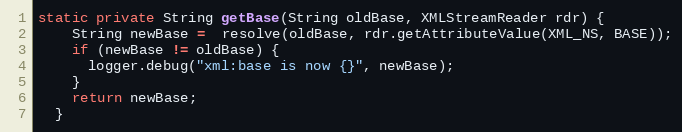
Language: Java
static private String getBase(String oldBase, XMLStreamReader rdr) {
    String newBase =  resolve(oldBase, rdr.getAttributeValue(XML_NS, BASE));
    if (newBase != oldBase) {
      logger.debug("xml:base is now {}", newBase);
    }
    return newBase;
  }